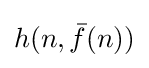
h(n,{\bar {f}}(n))